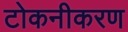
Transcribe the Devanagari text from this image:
टोकनीकरण